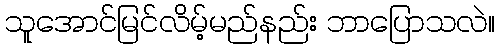
သူအောင်မြင်လိမ့်မည်နည်း ဘာပြောသလဲ။